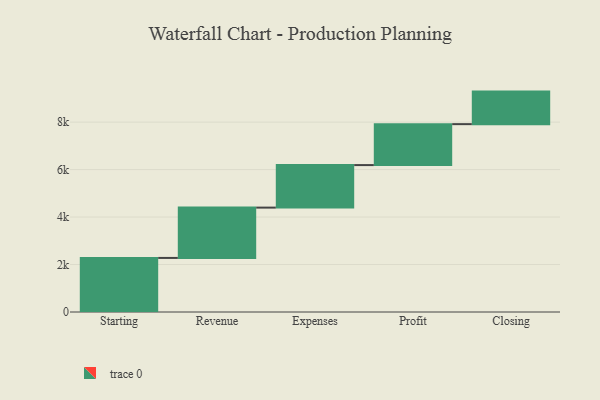
{"axis": {"x": "Step", "y": "Value"}, "legend": [""], "data": [{"x": "Starting", "y": 2278.0, "type": ""}, {"x": "Revenue", "y": 2120.0, "type": ""}, {"x": "Expenses", "y": 1792.0, "type": ""}, {"x": "Profit", "y": 1725.0, "type": ""}, {"x": "Closing", "y": 1371.0, "type": ""}]}